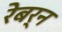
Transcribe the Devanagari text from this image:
रेबर्न